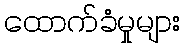
ထောက်ခံမှုများ